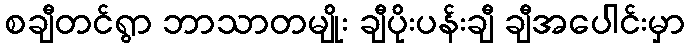
စချီတင်ရွာ ဘာသာတမျိုး ချီပိုးပန်းချီ ချီအပေါင်းမှာ